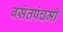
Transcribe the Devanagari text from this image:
बसंतपंचमी